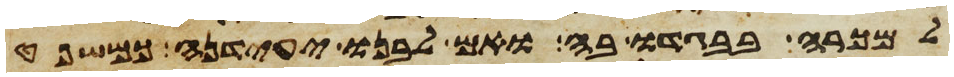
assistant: למכרה בבגדו בה ואם לבנו יעידנה כמשפט